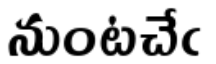
నుంటచేఁ